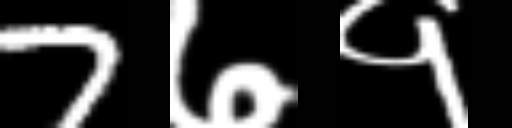
Text: 7७१